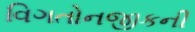
વિગતોનજીકની